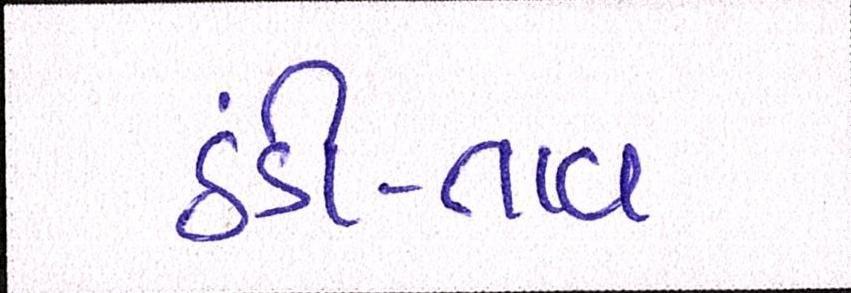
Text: ઠંડી-તાવ